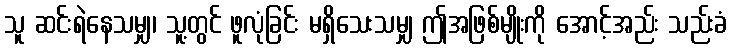
သူ ဆင်းရဲနေသမျှ၊ သူ့တွင် ဖူလုံခြင်း မရှိသေးသမျှ ဤအဖြစ်မျိုးကို အောင့်အည်း သည်းခံ